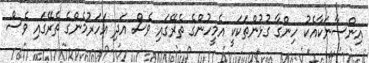
އިންސާނަކާއެކު ހިންގާ ގުޅުންތަކަކީ އެމީހުންގެ ތެރޭގައި ވެސް އަދި އަހަރުމެންގެ ތެރޭގައި ވެސް